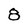
Character: 8